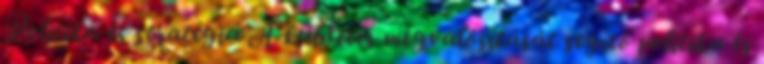
Politika és stratégia A küldetés megvalósítását segítő politika és